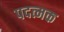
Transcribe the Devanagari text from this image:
पदत्मक